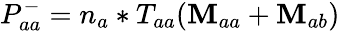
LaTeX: P_{aa}^{-}=n_{a}*T_{aa}(\mathbf{M}_{aa}+\mathbf{M}_{ab})